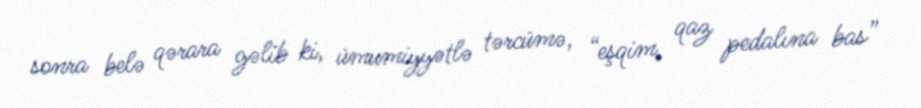
sonra belə qərara gəlib ki, ümumiyyətlə tərcümə, “eşqim, qaz pedalına bas”